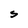
Character: S